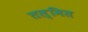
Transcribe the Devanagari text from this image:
तल्मित